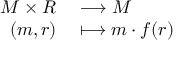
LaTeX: \begin{array} { r l } { M \times R } & { { } \longrightarrow M } \\ { ( m , r ) } & { { } \longmapsto m \cdot f ( r ) } \end{array}